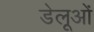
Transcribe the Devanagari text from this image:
डेलूओं